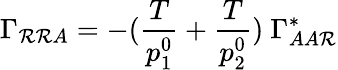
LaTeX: \Gamma_{\mathcal{R}\mathcal{R}A}=-({\frac{{T}}{{p_{1}^{0}}}}+{\frac{{T}}{{p_{2}^{0}}}})\ \Gamma_{AA\mathcal{R}}^{*}